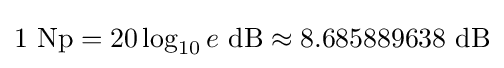
1\ {\text{Np}}=20\log _{10}e\ {\text{dB}}\approx {\text{8.685889638 dB}}